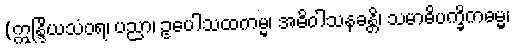
(ဣန္ဒြိယသံဝရ၊ ပညာ၊ ဥပေါသထကမ္မ၊ အဓိဝါသနခန္တိ၊ သမာဓိပက္ခိကဓမ္မ၊